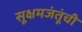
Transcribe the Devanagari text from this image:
सूक्षमजंतूंची